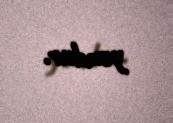
yoxdur.